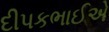
દીપકભાઈએ